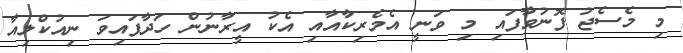
މި މެސެޖު ފޮނުވާފައި މި ވަނީ އެމެރިކާއާއި އެކު އީރާނުން ހަދާފައިވަ ނިއުކްލިއާ